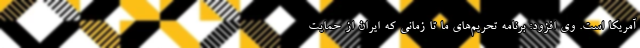
آمریکا است‌. وی افزود: برنامه تحریم‌های ما تا زمانی که ایران از حمایت